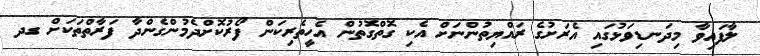
ލާފައިވާ މިދަނޑިވަޅުގައި އެރަށުގެ ރައްޔިތުންނަށް އެކި ގޮތްގޮތުން އެހީތެރިކަން ފޯރުކޮށްދެމުންގެންދާ ފަރާތްތަކަށް ގދ